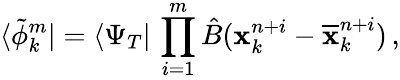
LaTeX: \langle\tilde{\phi}_{k}^{m}|=\langle\Psi_{T}|\, \prod_{i=1}^{m}\hat{B}(\textbf{x}_{k}^{n+i}-\overline{{\textbf{x}}}_{k}^{n+i})\, ,